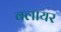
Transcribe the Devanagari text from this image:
वलायर